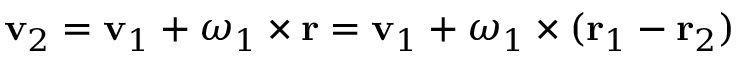
\mathbf { v } _ { 2 } = \mathbf { v } _ { 1 } + { \boldsymbol { \omega } } _ { 1 } \times \mathbf { r } = \mathbf { v } _ { 1 } + { \boldsymbol { \omega } } _ { 1 } \times ( \mathbf { r } _ { 1 } - \mathbf { r } _ { 2 } )